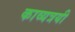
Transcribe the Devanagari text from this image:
काव्यत्रयी